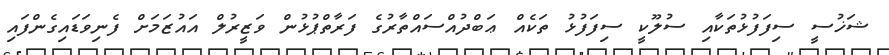
ޝަޚުސީ ސިފަފުޅުތަކާއި ސުލޫކީ ސިފަފުޅު ތަކެއް ޢަބްދުއްސައްތާރުގެ ފަރާތްޕުޅުން ވަޒީރުލް އައުޒަމަށް ފެނިވަޑައިގެންފައި